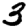
Digit: 3